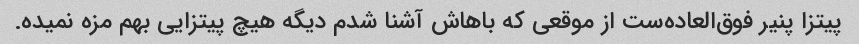
پیتزا پنیر فوق‌العاده‌ست از موقعی که باهاش آشنا شدم دیگه هیچ پیتزایی بهم مزه نمیده.